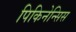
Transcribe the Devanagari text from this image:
पिकिनेन्सिस